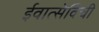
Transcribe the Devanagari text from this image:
ईवात्सेविची